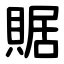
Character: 䝻